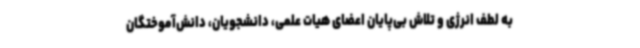
به لطف انرژی و تلاش بی‌پایان اعضای هیات علمی، دانشجویان، دانش‌آموختگان